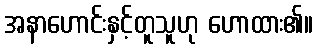
အနာဟောင်းနှင့်တူသူဟု ဟောထား၏။